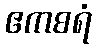
ဧကစရံ